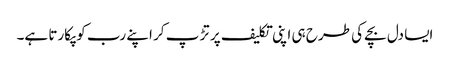
ایسا دل بچے کی طرح ہی اپنی تکلیف پر تڑ پ کر اپنے رب کو پکارتا ہے۔